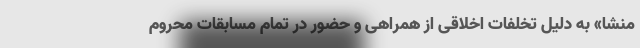
منشا» به دلیل تخلفات اخلاقی از همراهی و حضور در تمام مسابقات محروم